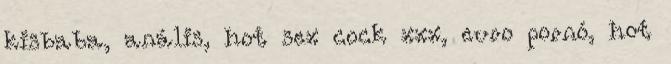
kisbaba, anális, hot sex cock xxx, euro pornó, hot